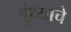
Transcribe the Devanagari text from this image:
बुंध्याचे